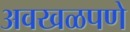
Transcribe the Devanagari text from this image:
अवखळपणे